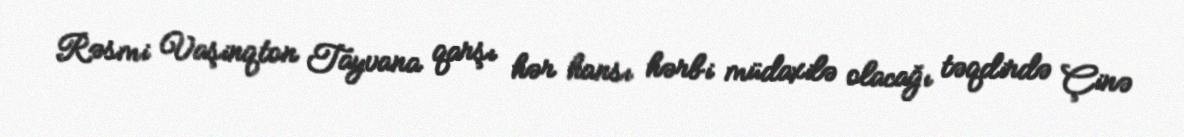
Rəsmi Vaşinqton Tayvana qarşı hər hansı hərbi müdaxilə olacağı təqdirdə Çinə